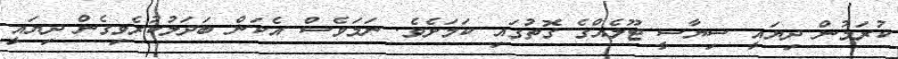
ކުރަމުން ދިޔައީ ސިޔާސީ ޓޫލެއްގެ ގޮތުގައި ކަމަށެވެ. ނަމަވެސް އެކަން ބަދަލުކުރެވިގެން ދިޔައީ